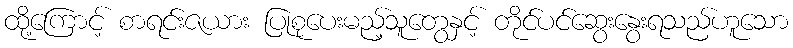
ထို့ကြောင့် စာရင်းဇယား ပြုစုပေးမည့်သူတွေနှင့် တိုင်ပင်ဆွေးနွေးရသည်ဟူသော